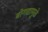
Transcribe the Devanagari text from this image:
बोगद्यामुळे